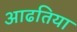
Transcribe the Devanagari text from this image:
आढतिया